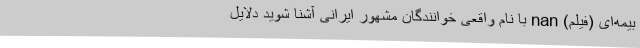
بیمه‌ای (فیلم) nan با نام واقعی خوانندگان مشهور ایرانی آشنا شوید دلایل